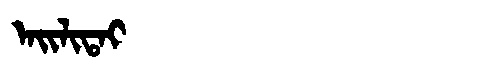
Manchu: ᠠᡳᠯᡳᡨᠠᡳ
Romanization: AILITAI